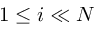
1 \leq i \ll N